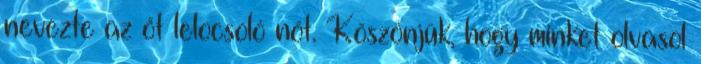
nevezte az őt lelocsoló nőt. Köszönjük, hogy minket olvasol